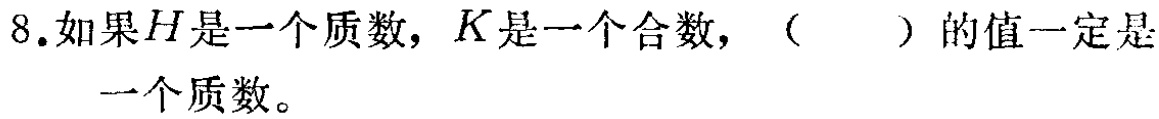
8.如果\(H\)是一个质数，\(K\)是一个合数，（  ）的值一定是一个质数。